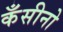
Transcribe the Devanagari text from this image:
कँसीनो